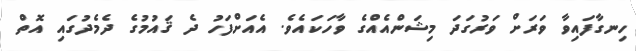
ހިނގާފައިވާ ވަރަށް ވަރުގަދަ މިޝަންއެއްގެ ވާހަކައެވެ. އެއަށްފަހު ދެ ޤައުމުގެ ދެމެދުގައި އޮތް